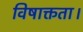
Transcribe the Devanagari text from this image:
विषाक्तता।